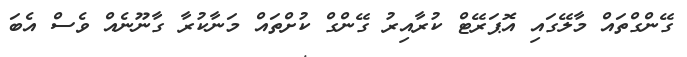
ގޭންގްތައް މާލޭގައި އޮޕަރޭޓް ކުރާއިރު ގޭންގް ކުށްތައް މަނާކުރާ ގާނޫނެއް ވެސް އެބަ